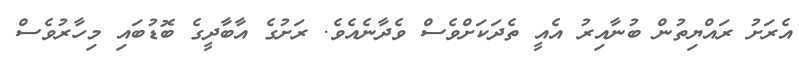
އެރަށު ރައްޔިތުން ބުނާއިރު އެއީ ތެދަކަށްވެސް ވެދާނެއެވެ. ރަށުގެ އާބާދީގެ ބޮޑުބައި މިހާރުވެސް